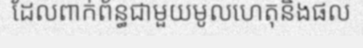
ដែលពាក់ព័ន្ធជាមួយមូលហេតុនិងផល